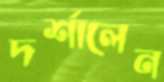
দর্শালেন